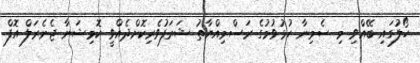
ހޯލުގައި ބޭއްވި މި ސެމިނާ ހުޅުވުމުގެ ރަސްމިއްޔާތު ޝަރަފުވެރިކޮށްދެއްވީ ކޮމިޝަނާ ޖެނެރަލް އޮފް